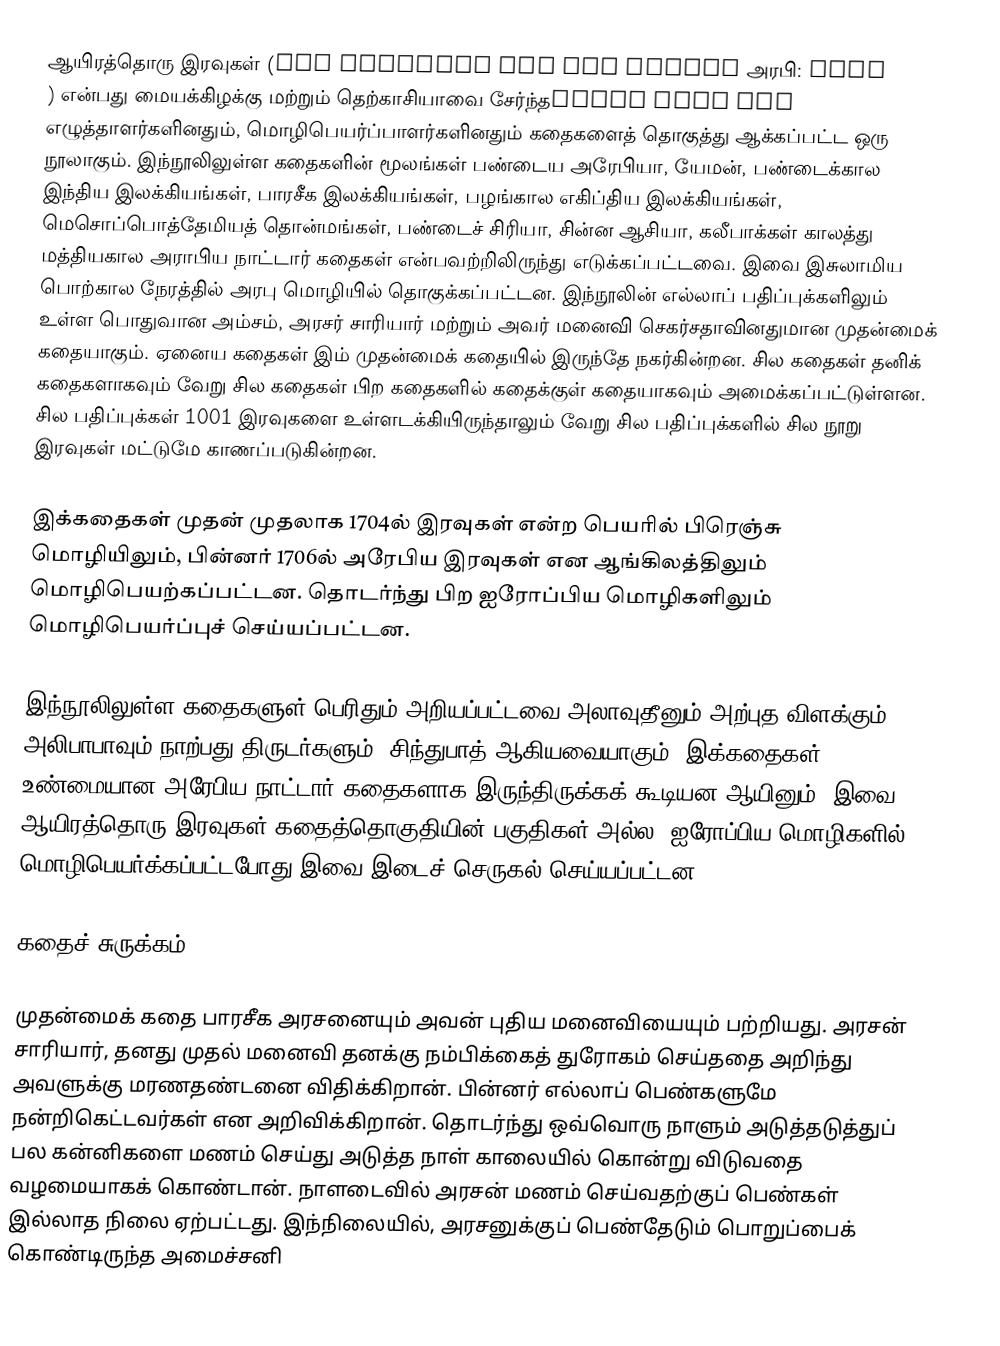
ஆயிரத்தொரு இரவுகள் (One Thousand and One Nights அரபி: كتاب ألف ليلة وليلة) என்பது மையக்கிழக்கு மற்றும் தெற்காசியாவை சேர்ந்த எழுத்தாளர்களினதும், மொழிபெயர்ப்பாளர்களினதும் கதைகளைத் தொகுத்து ஆக்கப்பட்ட ஒரு நூலாகும். இந்நூலிலுள்ள கதைகளின் மூலங்கள் பண்டைய அரேபியா, யேமன், பண்டைக்கால இந்திய இலக்கியங்கள், பாரசீக இலக்கியங்கள், பழங்கால எகிப்திய இலக்கியங்கள், மெசொப்பொத்தேமியத் தொன்மங்கள், பண்டைச் சிரியா, சின்ன ஆசியா, கலீபாக்கள் காலத்து மத்தியகால அராபிய நாட்டார் கதைகள் என்பவற்றிலிருந்து எடுக்கப்பட்டவை. இவை இசுலாமிய பொற்கால நேரத்தில் அரபு மொழியில் தொகுக்கப்பட்டன. இந்நூலின் எல்லாப் பதிப்புக்களிலும் உள்ள பொதுவான அம்சம், அரசர் சாரியார் மற்றும் அவர் மனைவி செகர்சதாவினதுமான முதன்மைக் கதையாகும். ஏனைய கதைகள் இம் முதன்மைக் கதையில் இருந்தே நகர்கின்றன. சில கதைகள் தனிக் கதைகளாகவும் வேறு சில கதைகள் பிற கதைகளில் கதைக்குள் கதையாகவும் அமைக்கப்பட்டுள்ளன. சில பதிப்புக்கள் 1001 இரவுகளை உள்ளடக்கியிருந்தாலும் வேறு சில பதிப்புக்களில் சில நூறு இரவுகள் மட்டுமே காணப்படுகின்றன.

இக்கதைகள் முதன் முதலாக 1704ல் இரவுகள் என்ற பெயரில் பிரெஞ்சு மொழியிலும், பின்னர் 1706ல் அரேபிய இரவுகள் என ஆங்கிலத்திலும் மொழிபெயற்கப்பட்டன. தொடர்ந்து பிற ஐரோப்பிய மொழிகளிலும் மொழிபெயர்ப்புச் செய்யப்பட்டன.

இந்நூலிலுள்ள கதைகளுள் பெரிதும் அறியப்பட்டவை அலாவுதீனும் அற்புத விளக்கும், அலிபாபாவும் நாற்பது திருடர்களும், சிந்துபாத் ஆகியவையாகும். இக்கதைகள் உண்மையான அரேபிய நாட்டார் கதைகளாக இருந்திருக்கக் கூடியன ஆயினும், இவை ஆயிரத்தொரு இரவுகள் கதைத்தொகுதியின் பகுதிகள் அல்ல. ஐரோப்பிய மொழிகளில் மொழிபெயர்க்கப்பட்டபோது இவை இடைச் செருகல் செய்யப்பட்டன.

கதைச் சுருக்கம்

முதன்மைக் கதை பாரசீக அரசனையும் அவன் புதிய மனைவியையும் பற்றியது. அரசன் சாரியார், தனது முதல் மனைவி தனக்கு நம்பிக்கைத் துரோகம் செய்ததை அறிந்து அவளுக்கு மரணதண்டனை விதிக்கிறான். பின்னர் எல்லாப் பெண்களுமே நன்றிகெட்டவர்கள் என அறிவிக்கிறான். தொடர்ந்து ஒவ்வொரு நாளும் அடுத்தடுத்துப் பல கன்னிகளை மணம் செய்து அடுத்த நாள் காலையில் கொன்று விடுவதை வழமையாகக் கொண்டான். நாளடைவில் அரசன் மணம் செய்வதற்குப் பெண்கள் இல்லாத நிலை ஏற்பட்டது. இந்நிலையில், அரசனுக்குப் பெண்தேடும் பொறுப்பைக் கொண்டிருந்த அமைச்சனி